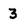
Character: 3